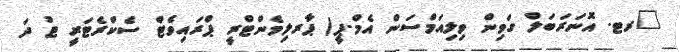
ރޓ. އޮނަރަބަލް ގަވިން ވިލިއަމްސަން އެމް.ޕީ( ޕާރލިމެންޓްރީ ޕްރައިވެޓް ސެކްރެޓަރީ ޓު ދަ